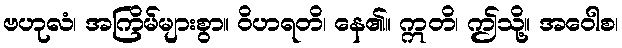
ဗဟုလံ၊ အကြိမ်များစွာ။ ဝိဟရတိ၊ နေ၏။ ဣတိ၊ ဤသို့။ အဝေါစ၊